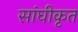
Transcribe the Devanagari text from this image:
सांघीकृत